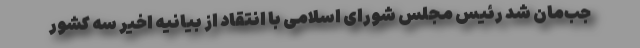
جب‌مان‌ شد رئیس مجلس شورای اسلامی با انتقاد از بیانیه اخیر سه کشور